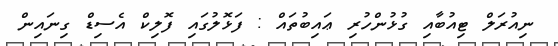
ނިއުރަލް ޓިއުބާއި ގުޅުންހުރި ޢައިބުތައް : ފަޅޮލުގައި ފޮލިކް އެސިޑް ގިނައިން